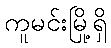
ကူမင်းမြို့ရှိ